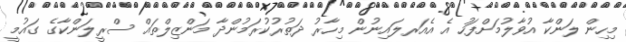
މިހިން ލަންކާ އުވާލުމަށްފަހު އެ އެއަރލައިނުން މިހާރު ދަތުރުކުރަމުންދާ މަންޒިލްތައް ސްރީލަންކާގެ ގައުމީ